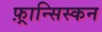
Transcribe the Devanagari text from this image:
फ़्रान्सिस्कन